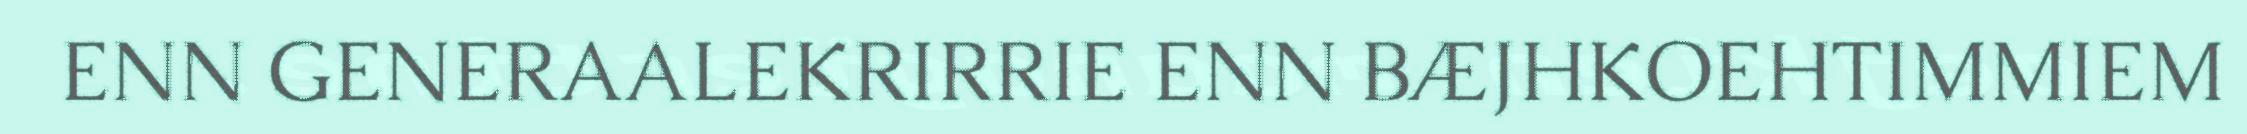
ENN GENERAALEKRIRRIE ENN BÆJHKOEHTIMMIEM